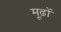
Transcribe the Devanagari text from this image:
मूढ़ों